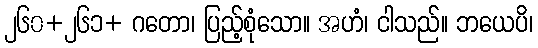
၂၆၀+၂၆၁+ ဂတော၊ ပြည့်စုံသော။ အဟံ၊ ငါသည်။ ဘယေပိ၊